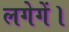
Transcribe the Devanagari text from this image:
लगेगें।